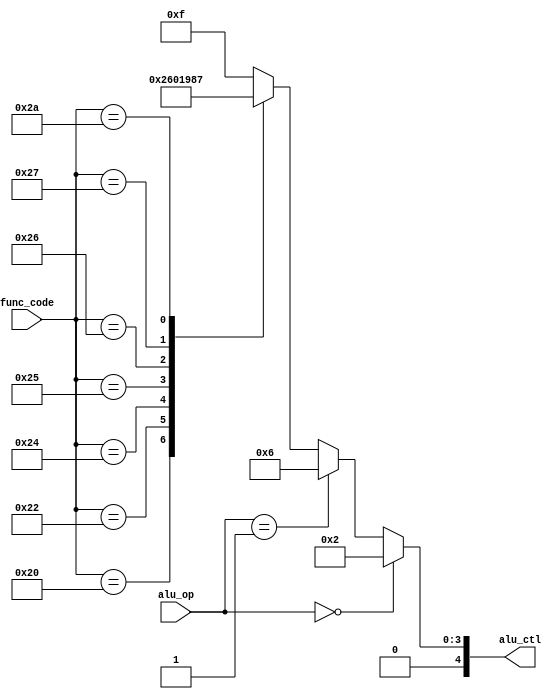
`timescale 1ns / 1ps

/**
ALU Control unit
 */
module alu_ctrl( input      [1:0] alu_op,
                 input      [5:0] func_code,
		       output reg [4:0] alu_ctl );
   
     always @* begin
          if(alu_op == 0)       
               alu_ctl = 2;             // add      
          else if(alu_op == 1)  
               alu_ctl = 6;      
          else case( func_code )
               32: alu_ctl = 2;	     // add
               34: alu_ctl = 6;	     // subtract
               36: alu_ctl = 0;	     // and
               37: alu_ctl = 1;	     // or
               38: alu_ctl = 9;	     // xor
               39: alu_ctl = 8;	     // nor
               42: alu_ctl = 7;	     // slt
               default: alu_ctl = 15;   // should not happen
          endcase
     end
   
endmodule